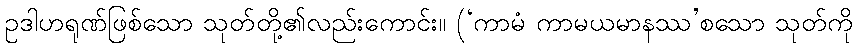
ဥဒါဟရုဏ်ဖြစ်သော သုတ်တို့၏လည်းကောင်း။ (‘ကာမံ ကာမယမာနဿ’စသော သုတ်ကို